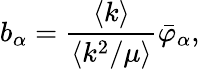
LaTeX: b_{\alpha}=\frac{\langle k\rangle}{\langle k^{2}/\mu\rangle}\bar{\varphi}_{\alpha},